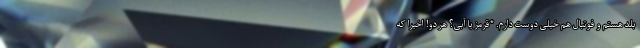
بلد هستم و فوتبال هم خیلی دوست دارم. *قرمز یا آبی؟ هر دو! اخیراً که